65_HS1-834228961_62-HQ-83894_Section_6
Agency: FBI
Page 101
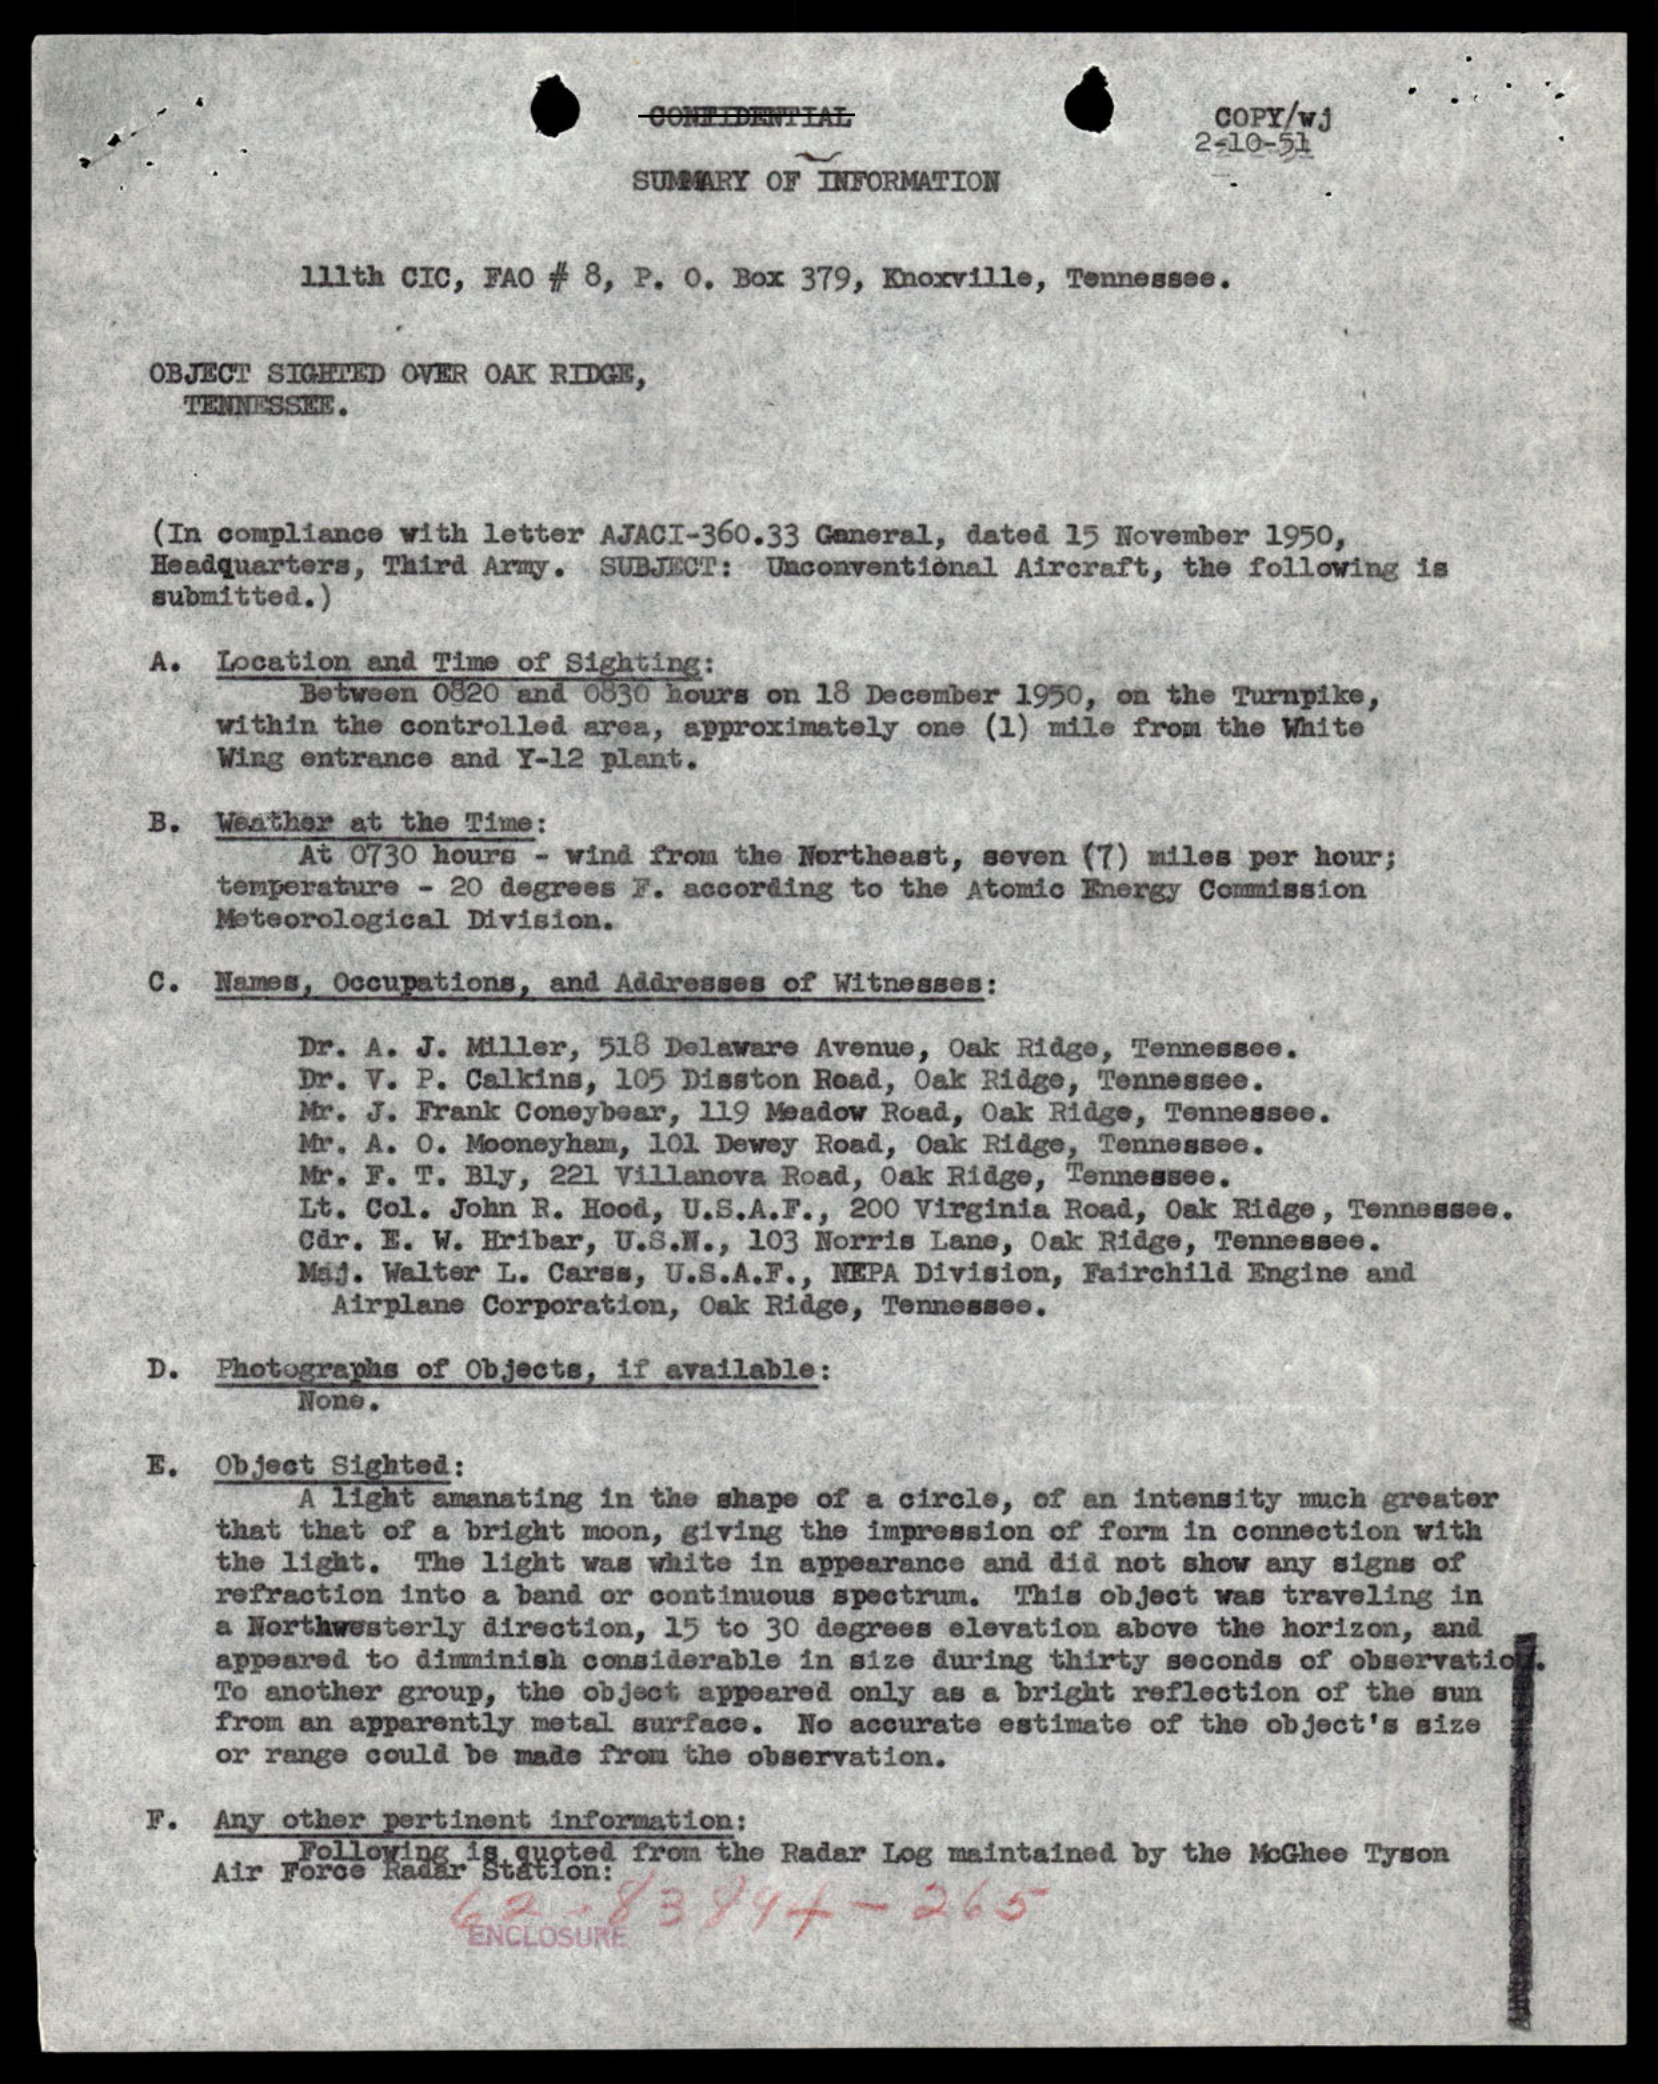